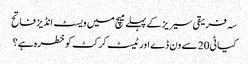
سہ فریقی سیریز کے پہلے میچ میں ویسٹ انڈیز فاتح
کیا ٹی20 سے ون ڈے اور ٹیسٹ کرکٹ کو خطرہ ہے؟